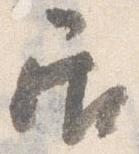
居